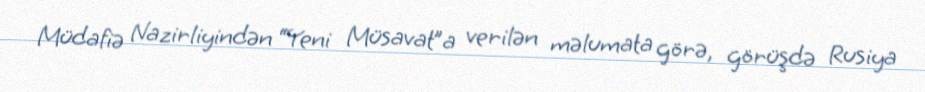
Müdafiə Nazirliyindən “Yeni Müsavat”a verilən məlumata görə, görüşdə Rusiya